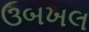
ઉબખલ